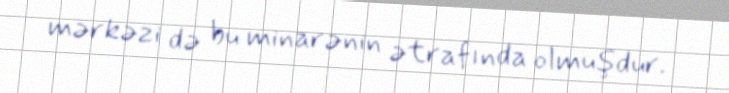
mərkəzi də bu minarənin ətrafında olmuşdur.